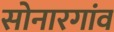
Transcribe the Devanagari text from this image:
सोनारगांव